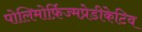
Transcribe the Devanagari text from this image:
पोलिमोर्फ़िज्मप्रेडीकेटिव